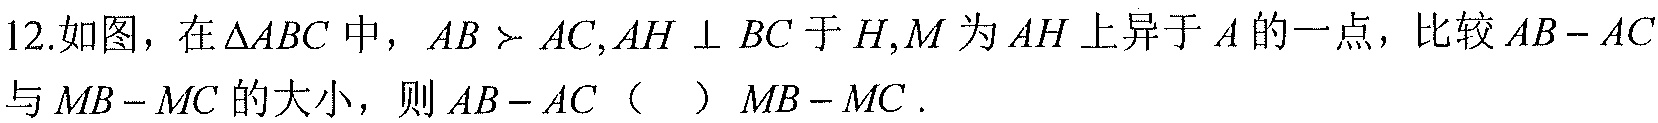
12.如图，在$\triangle ABC$中，$AB > AC,AH \perp BC$于$H,M$为$AH$上异于$A$的一点，比较$AB - AC$与$MB - MC$的大小，则$AB - AC$（  ）$MB - MC$.